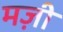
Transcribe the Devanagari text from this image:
मज़ी